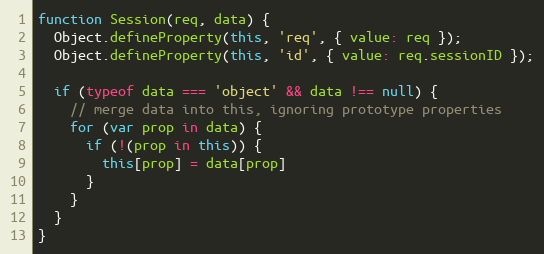
Language: JavaScript
function Session(req, data) {
  Object.defineProperty(this, 'req', { value: req });
  Object.defineProperty(this, 'id', { value: req.sessionID });

  if (typeof data === 'object' && data !== null) {
    // merge data into this, ignoring prototype properties
    for (var prop in data) {
      if (!(prop in this)) {
        this[prop] = data[prop]
      }
    }
  }
}